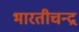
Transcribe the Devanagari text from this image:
भारतीचन्द्र